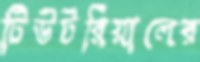
টিউটরিয়ালের